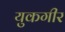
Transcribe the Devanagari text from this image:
युकगीर